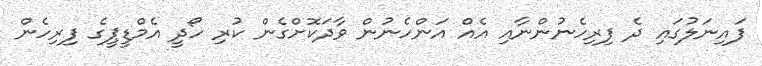
ފައިނަލުގައި ދެ ފިރިހެނުންނާއި އެއް އަންހެނުން ވާދަކޮށްގެން ކުރި ހޯދީ އެމްޑީޕީގެ ފިރިހެން